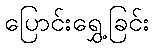
ပြောင်းရွှေ့ခြင်း